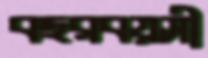
বছরবয়সী